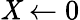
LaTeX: \mathit{X}\gets0